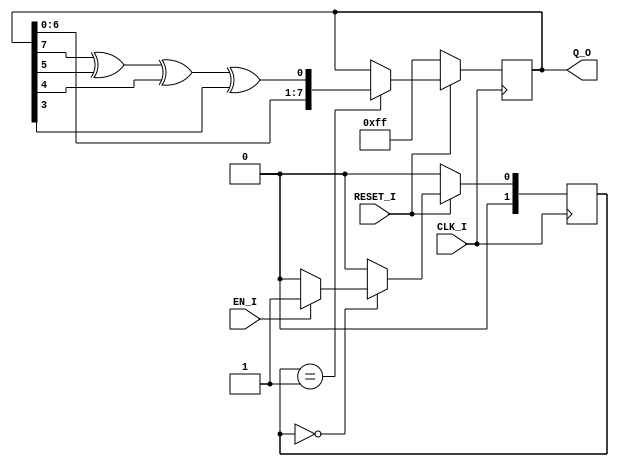
module lfsr(                      input               CLK_I                         ,
                                  input               RESET_I                       ,
                                  input               EN_I                          ,
                                  output [7:0]        Q_O                          );

// _________________________________________ REGISTER DECLARATION ______________________________________________//
reg [7:0]                         q_r                                               ;
reg [15:0]                        counter_r                                         ;
reg [1:0]                         lfsr_state_mach                                   ;

//__________________________________________ ASYNC ASSIGNMENTS _________________________________________________//
assign                            Q_O                 = q_r                         ;
assign                            taps_w              = q_r[7]^q_r[5]^q_r[4]^q_r[3] ;

// _________________________________________ CONSTANT DECLARATION_______________________________________________//
localparam                        IDLE_S              = 2'b00                       ,
                                  SHIFT_S             = 2'b01                       ;

// __________________________________________ WIRE DECLARATION _________________________________________________//
wire                              taps_w                                            ;

//__________________________________________ MAIN LOGIC_________________________________________________________//

always @(posedge CLK_I) 
begin
  if(!RESET_I)
  begin
    q_r                                               <= 8'b1111_1111               ;
    counter_r                                         <= 16'd0                      ;
    lfsr_state_mach                                   <= IDLE_S                     ;
  end
  else
  begin
    case(lfsr_state_mach)
    IDLE_S :
    begin
    if(EN_I)
      begin
        lfsr_state_mach                               <= SHIFT_S                    ;
      end
      else
      begin
        lfsr_state_mach                               <= IDLE_S                     ;
      end
    end
    SHIFT_S :
    begin
      q_r                                             <= {q_r[6:0],taps_w}          ; 
      counter_r                                       <= counter_r + 1              ;
      lfsr_state_mach                                 <= IDLE_S                     ;
    end
    default : lfsr_state_mach                         <= IDLE_S                     ;
    endcase
  end	
end
endmodule